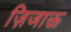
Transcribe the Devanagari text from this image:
ज़िजाऊ